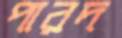
পারদ